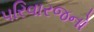
૫રિવારજનો